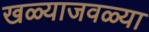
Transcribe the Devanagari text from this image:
खळ्याजवळ्या